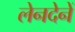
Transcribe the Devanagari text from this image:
लेनदेनें